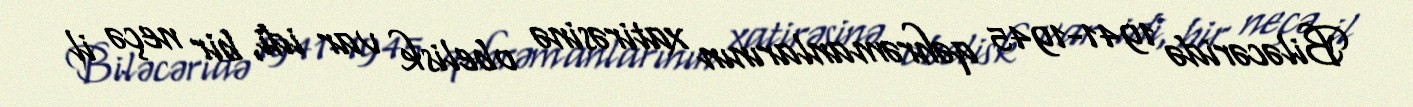
Biləcəridə 1941-1945 qəhrəmanlarının xatirəsinə obelisk var idi, bir neçə il